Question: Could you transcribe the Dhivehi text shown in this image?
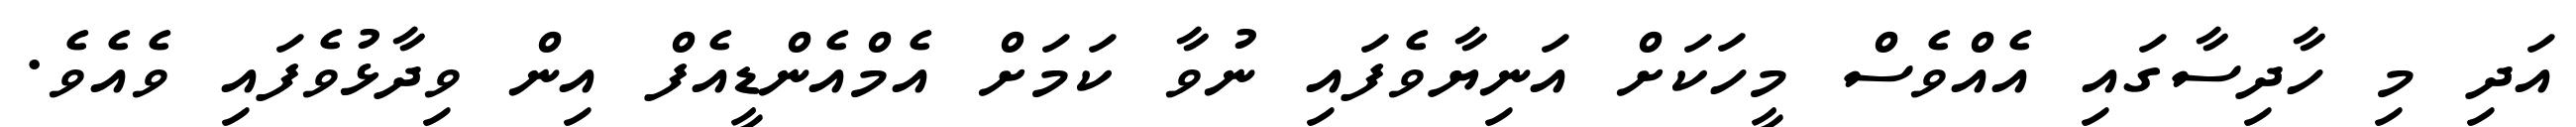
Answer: އަދި މި ހާދިސާގައި އެއްވެސް މީހަކަށް އަނިޔާވެފައި ނުވާ ކަމަށް އެމްއެންޑީއެފް އިން ވިދާޅުވެފައި ވެއެވެ.